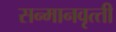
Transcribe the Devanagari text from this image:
सन्‍मानवृत्‍ती